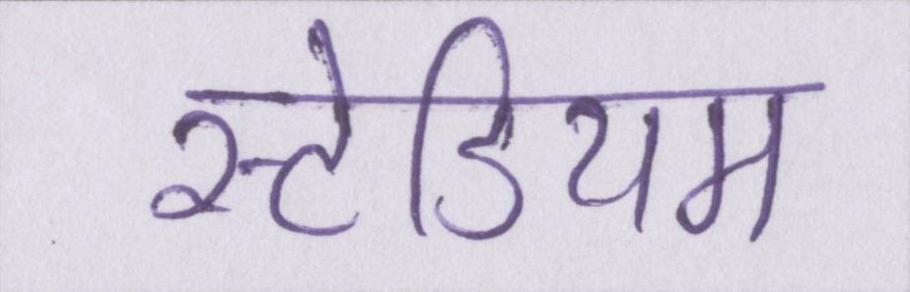
स्टेडियम